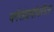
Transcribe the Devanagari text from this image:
वर्गसंघर्षावरील